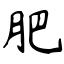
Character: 肥